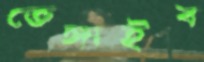
ভেঙ্গাইব